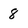
Character: 8